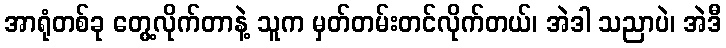
အာရုံတစ်ခု တွေ့လိုက်တာနဲ့ သူက မှတ်တမ်းတင်လိုက်တယ်၊ အဲဒါ သညာပဲ၊ အဲဒီ